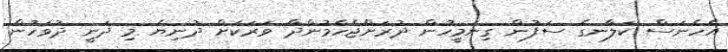
އެހެނަސް ކަލާނގެ ސަފުން ގިނަމީހުން ދުރަށްޖެހެމުންދާ ވަރަކަށް ދުނިޔެ މި ދަނީ ދުވަހުން